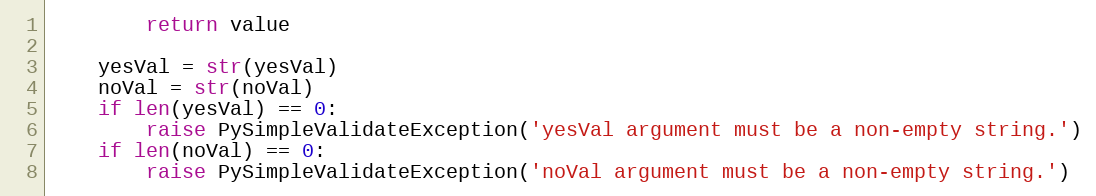
Language: Python
        return value

    yesVal = str(yesVal)
    noVal = str(noVal)
    if len(yesVal) == 0:
        raise PySimpleValidateException('yesVal argument must be a non-empty string.')
    if len(noVal) == 0:
        raise PySimpleValidateException('noVal argument must be a non-empty string.')